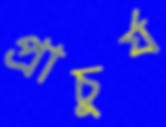
প্রাচুর্য